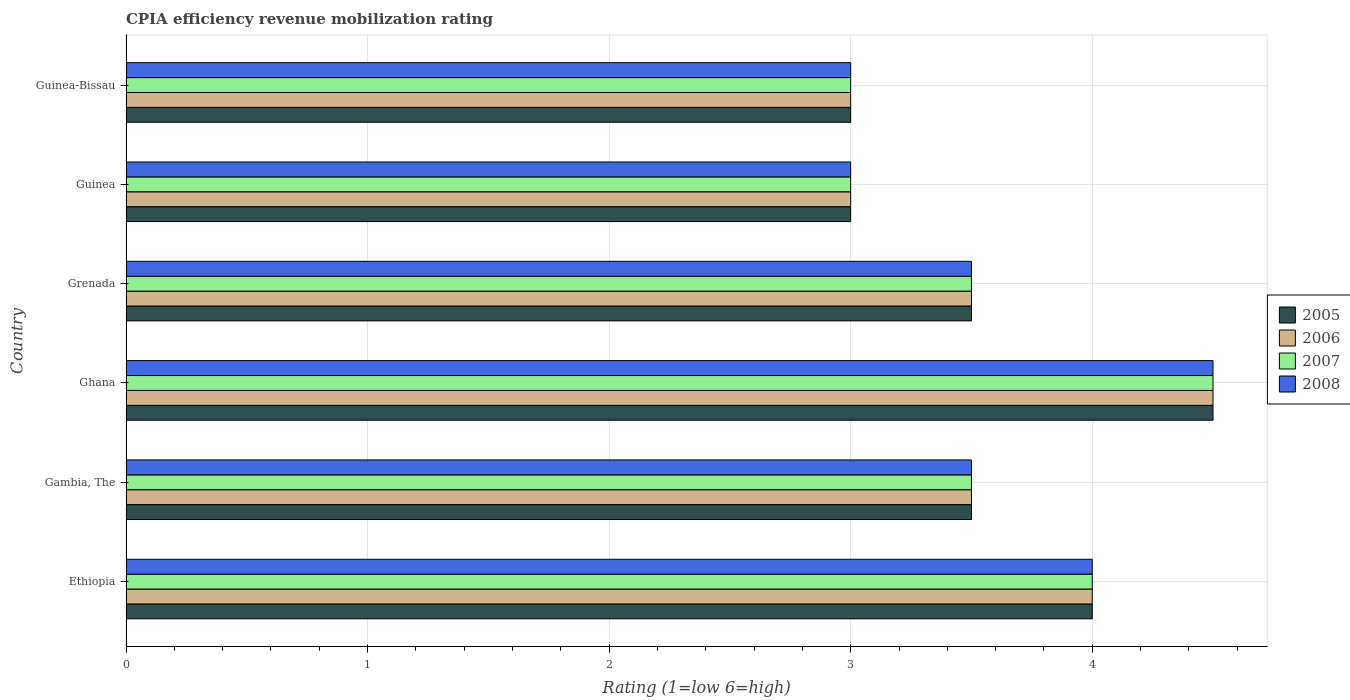
| Country | 2005 | 2006 | 2007 | 2008 |
 | --- | --- | --- | --- | --- |
 | Ethiopia | 4 | 4 | 4 | 4 |
 | Gambia, The | 3.5 | 3.5 | 3.5 | 3.5 |
 | Ghana | 4.5 | 4.5 | 4.5 | 4.5 |
 | Grenada | 3.5 | 3.5 | 3.5 | 3.5 |
 | Guinea | 3 | 3 | 3 | 3 |
 | Guinea-Bissau | 3 | 3 | 3 | 3 |